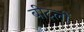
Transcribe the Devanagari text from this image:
बीट्लों